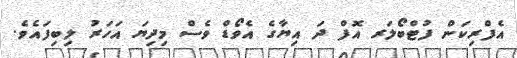
އެފްރިކަން ފުޓްބޯލަރ އޮފް ދަ އިޔާގެ އެވޯޑް ވެސް މިދިޔަ އަހަރު ލިބިފައެވެ.